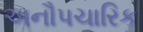
અનૌપચારિક